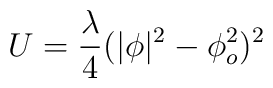
U =\frac{\lambda}{4} (|\phi |^2 -\phi_o^2 )^2